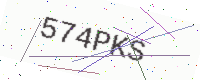
Text: 574PKS